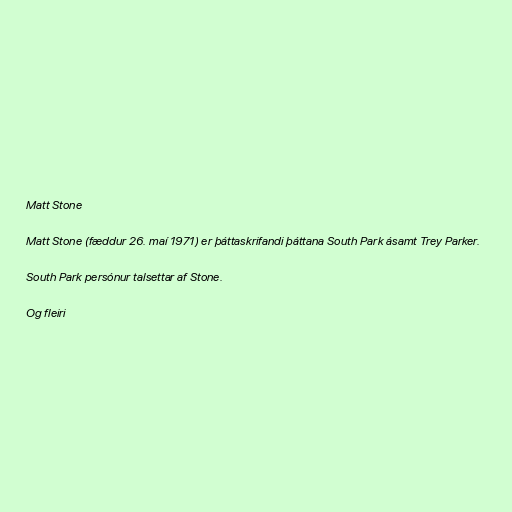
Matt Stone

Matt Stone (fæddur 26. maí 1971) er þáttaskrifandi þáttana South Park ásamt Trey Parker.

South Park persónur talsettar af Stone.

Og fleiri